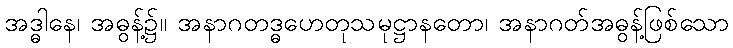
အဒ္ဓါနေ၊ အဓွန့်၌။ အနာဂတဒ္ဓဟေတုသမုဋ္ဌာနတော၊ အနာဂတ်အဓွန့်ဖြစ်သော